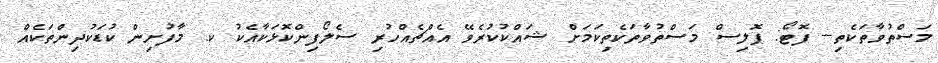
މަސްތުވާތަކެތި-- ފޮޓޯ: ޕޮލިސް މަސްތުވާތަކެތިކަމަށް ޝައްކުކުރެވޭ އެއްޗެއްހުރި ސެލޯފިންކޮޅަކާއެކު ކ. މާފުށިން ކުޑަކުދިންތަކެއް